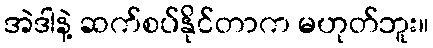
အဲဒါနဲ့ ဆက်စပ်နိုင်တာက မဟုတ်ဘူး။